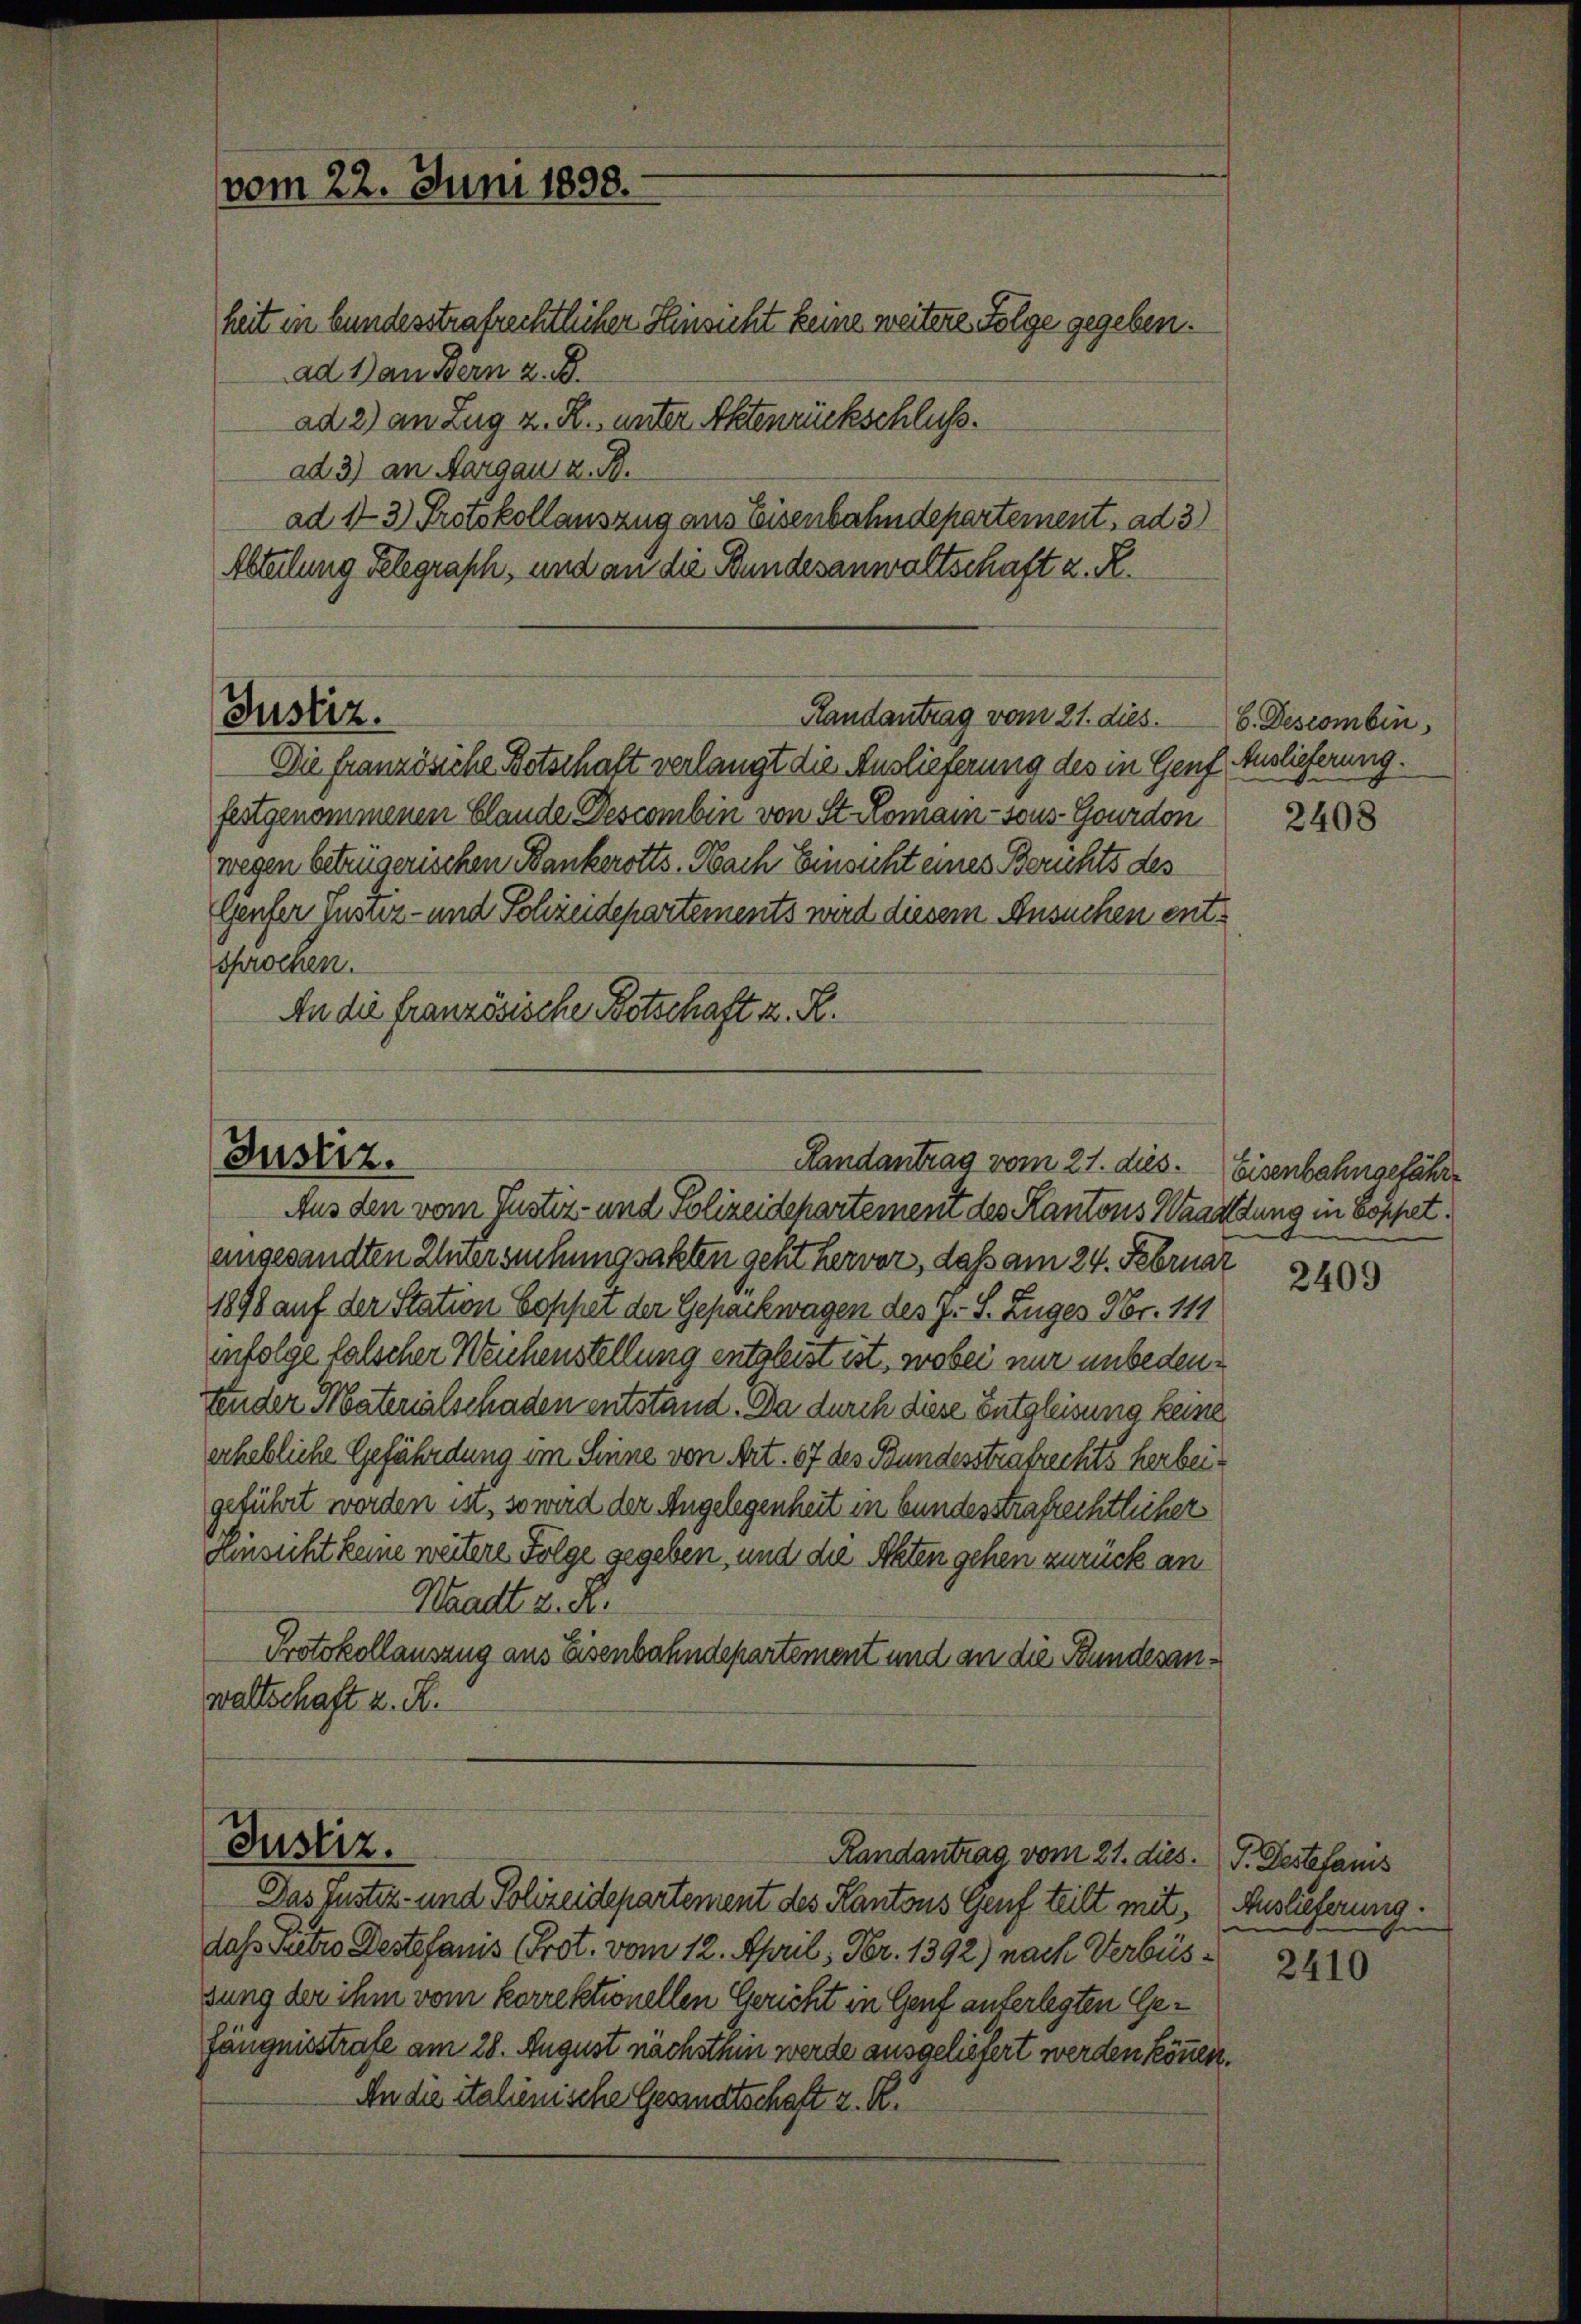
vom 22. Juni 1898.

Handantrag vom 21. dies.

Justiz.
Randantrag vom 21. dies.

heit in bundesstrafrechtlicher Hinsicht keine weitere Folge gegeben.
ad 1) an Bern z. B.
ad 2) an Zug z. R., unter Aktenrückschluß.
ad 3) an Aargaus z. B.
ad 13 Protokollauszug aus Eisenbahndepartement, ad 3)
Abteilung Gelegrasch, und an die Bundesanwaltschaft z. R.
Justiz.
Die französiche Botschaft verlangt die Auslieferung des in Genf
festgenommenen Claude Descombin von St. Romain - sous Gourdon
wegen betrügerischen Bankerotts. Nach Einsicht eines Berichts des
Genfer justiz- und Schreidepartements wird diesem Ansuchen entsprochen.
An die französische Botschaft z. B.

Aus den vom Justiz- und Polizeidcharteinem des Kantons Waaattung in Soppetangesandten Entersuchungsakten geht hervor, daß am 24. Februar
1898 auf der Station Sophet der Gepackwagen des J. S. Zuges Nr. 119
infolge falscher Weichenstellung entsleist ist, wobei nur unbedeutender Materialschaden entstand. Da durch diese Entgleisung keine
erhebliche Gefährdung im Sinne von Art. 67 des Bundesstrafrechts herbeigeführt worden ist, so wird der Angelegenheit in bundesstrafrechtlicher
Einsicht keine weitere Folge gegeben, und die Akten gehen zurück an
Waadt z. R.
Protokollauszug aus Eisenbahndepartement und an die Bundesanwaltschaft z. B.

Justiz.
Randantrag vom 21. dies. P. Destefanis

Das Justiz- und Polizeidepartement des Kantons Genf teilt mit Auslieferung.
das Pietro Destefanis (Prot. vom 12. April, Fr. 1392) nach Verbüssung der ihm vom korrektionellen Gericht in Genf auferlegten Gefängnisstrafe am 28. August nächsthin werde ausgeliefert werden können.
An die italienische Gesandtschaft z. R.

b. Descombin
Auslieferung.

2408

Eisenbahngefährt

2409

2410